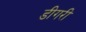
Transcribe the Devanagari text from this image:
डीगरी